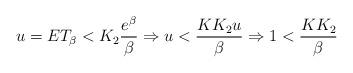
LaTeX: \begin{align*}u=ET_\beta<K_2 \frac{e^{\beta}}{\beta} \Rightarrow u<\frac{KK_2u}{\beta}\Rightarrow 1<\frac{KK_2}{\beta}\end{align*}